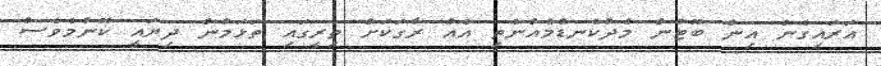
އަރައިގެން އިން ބޫޓުން މެދުކެނޑުމެއްނެތި އެއް ރާގަކަށް ތިރީގައި ތަޅަމުން ދިޔައީ ކޮންމެވެސް